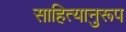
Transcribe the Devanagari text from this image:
साहित्यानुरूप